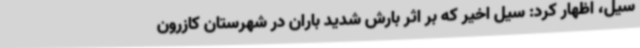
سیل، اظهار کرد: سیل اخیر که بر اثر بارش شدید باران در شهرستان کازرون